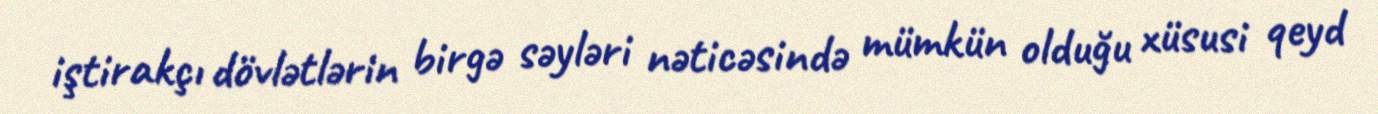
iştirakçı dövlətlərin birgə səyləri nəticəsində mümkün olduğu xüsusi qeyd